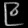
Digit: ၉